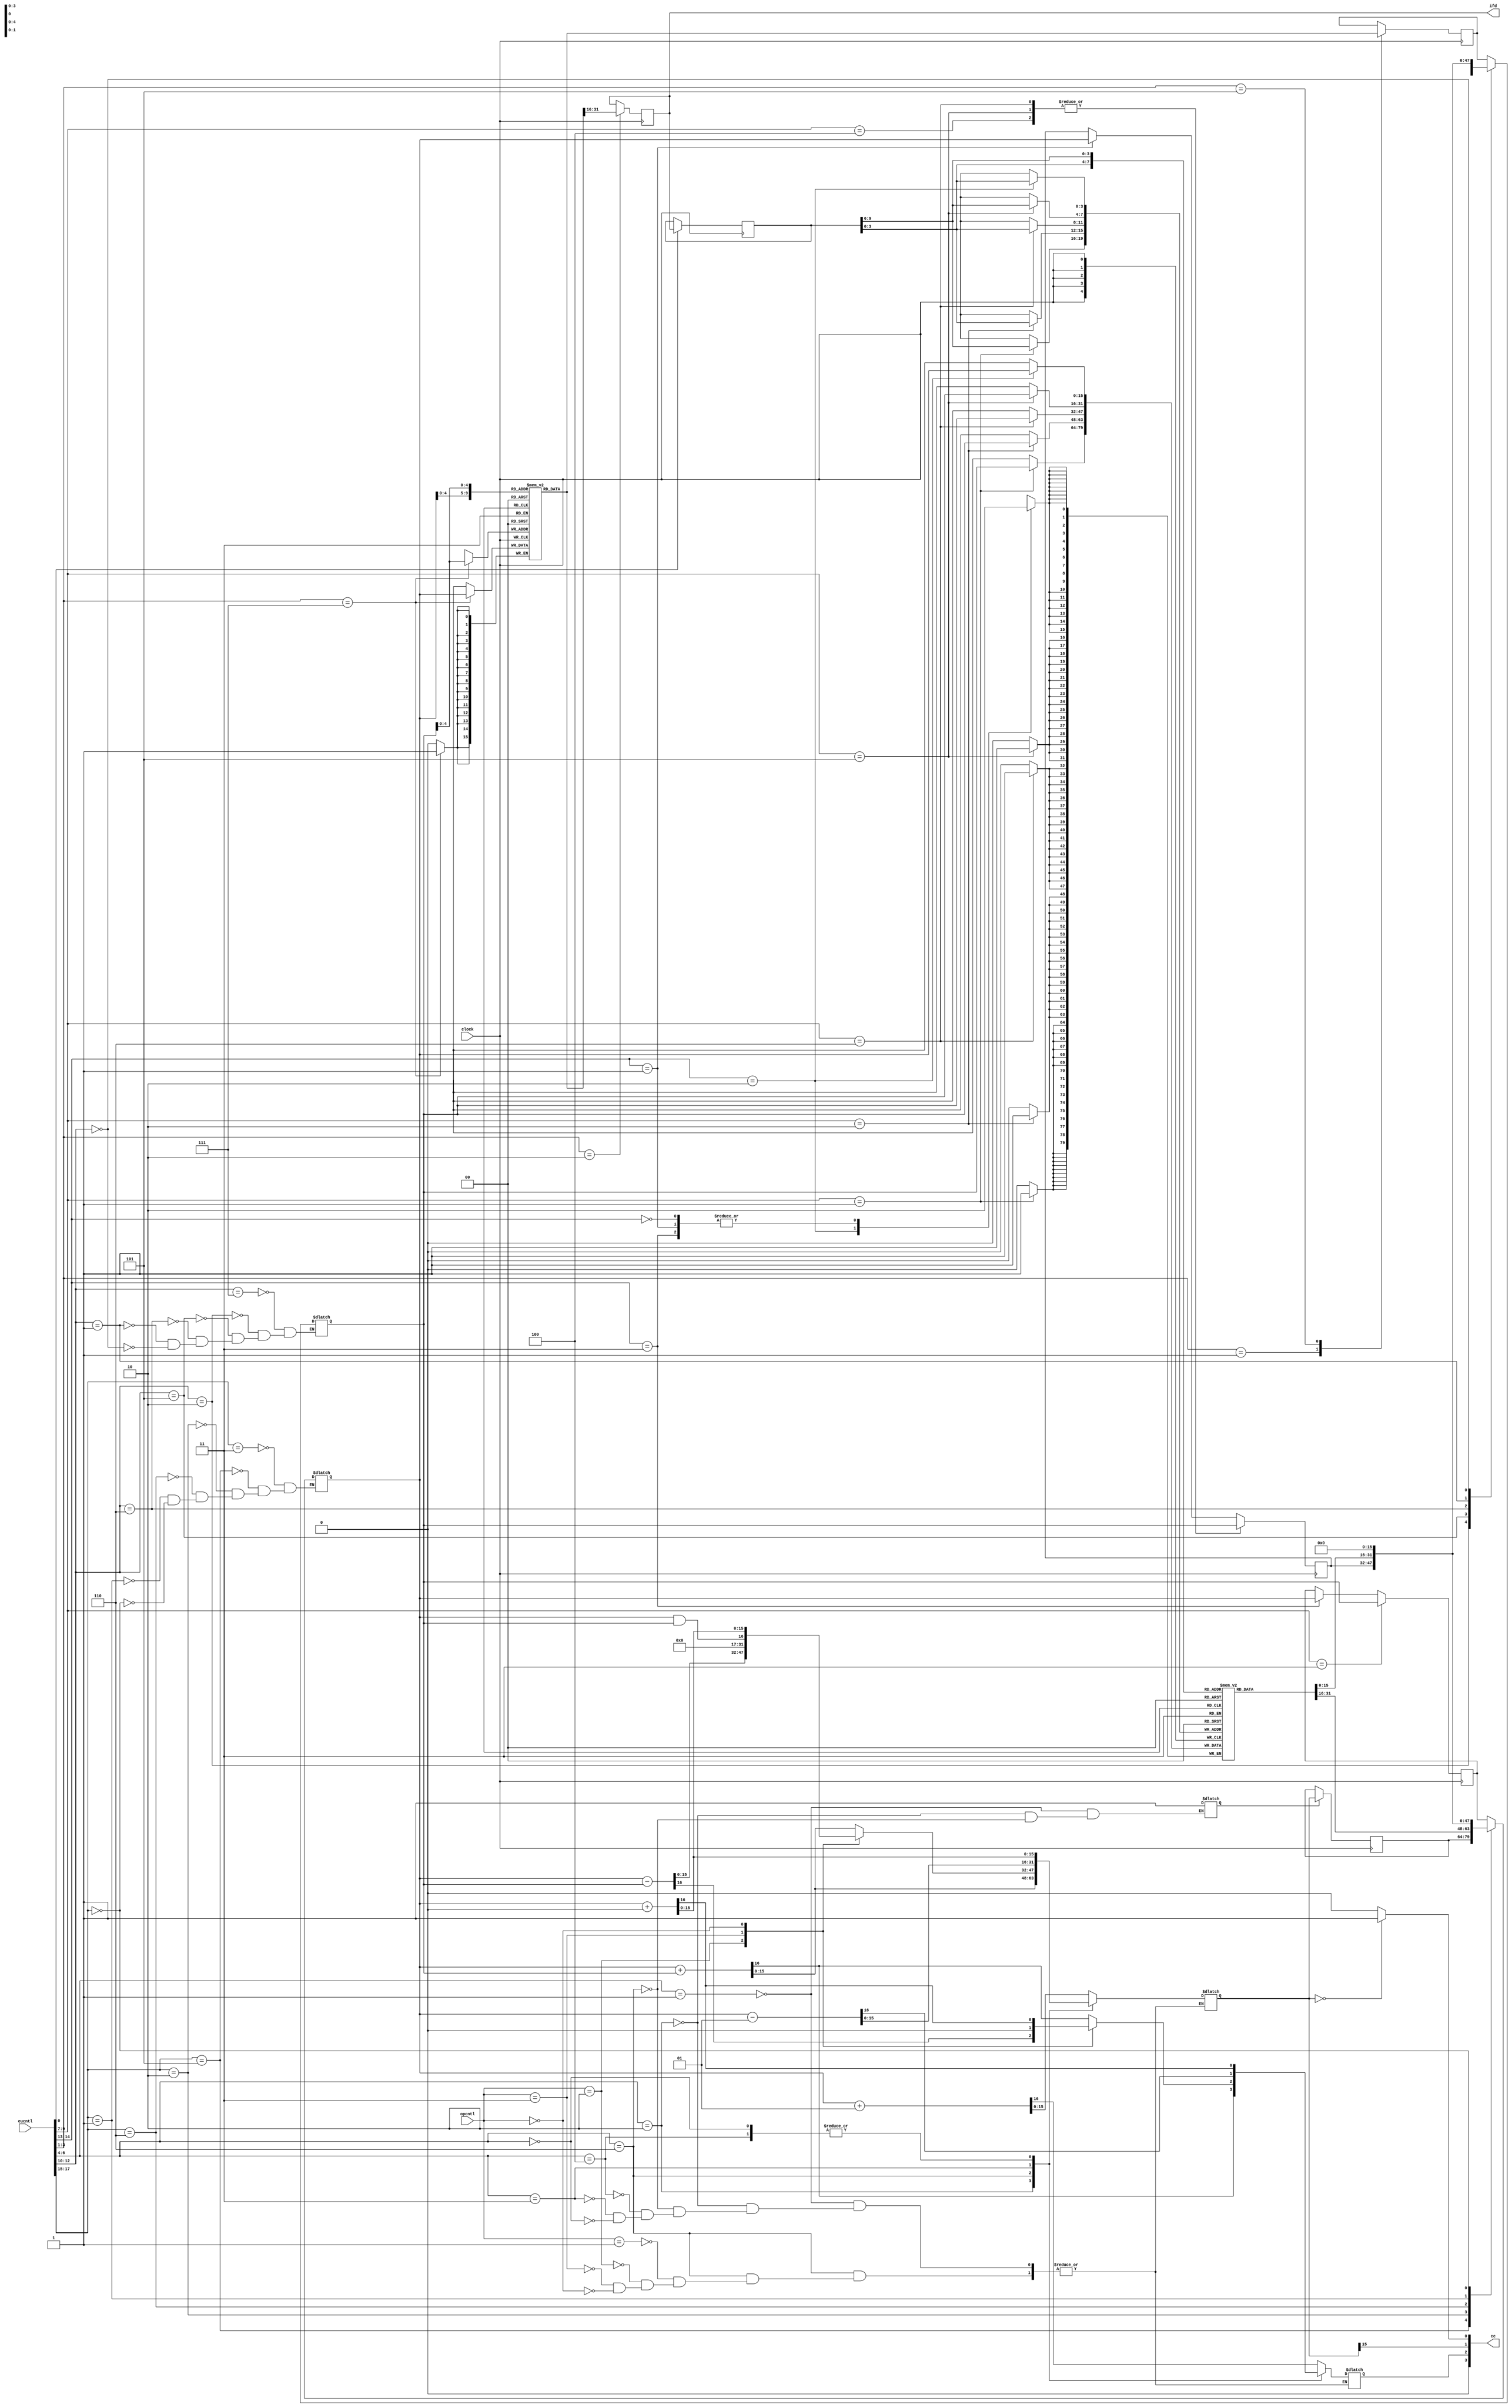
`timescale 1ns / 1ps

//RT-level model of MIN Execution Unit including Memory 
//The Memory is word addressable, size = 32 words, word size = 16 bits 
//Memory should be initialized to define its contents
module mineu (eucntl, opcntl, clock, cc, ifd);	
input [17 : 0] eucntl;	//execution unit control word input port
input [2 : 0] opcntl;	//alu static operation code input: op-s input port
input  clock;		//clock
output [3 : 0] cc;	//condition code bits computed
output [15:0] ifd;	//instruction for decoding: pre-fetched in irf
reg [3 : 0] cc;
reg signed [15 : 0] regfile [0: 15], pc, t1, t2, di, irf, ire, mem [0 : 31]; 
//even pc, irf, ire are declared as signed (why?)
reg signed [15 : 0] a, b;	//data on bus-a and bus-b
reg [2 : 0] alucntl;		//alu function control field in eucntl
reg signed [ 15 : 0 ] aluout;	//output of alu
reg carry;	//carry out from alu
reg ccset;	//signal derived from alucntl, used for updating of condition code register
reg ldt1;
reg [3 : 0] ccreg;	//condition code register
reg[3 : 0] rx, ry;	//rx and ry fields of the instruction present in ire register
reg [2 : 0] asrccntl, bsrccntl, bdestcntl, memcntl;	//control fields in eucntl specifying:
//bus-a source register, bus-b source register, bus-b destination register and memory transfer //type. 
reg [1 : 0] adestcntl;	//control field in eucntl specifying bus-a destination register

//update ird output whenever register irf changes:  ird is input to the instruction decoder
assign ifd = irf;	
//update rx and ry register pointers
	always @ (*)
begin
	rx = ire [9 : 6];
	ry = ire [3 : 0];
end 
/* 
extract the current bits corresponding to bus-a and bus-b source and destination control fields, alu control field, and memory transfer type control field from the current execution unit control word that is applied
*/
always@(*)
begin	
asrccntl = eucntl [ 17 : 15 ];	//a-bus source register control field
bsrccntl = eucntl [ 12 : 10 ]; 	//b-bus source register control field
alucntl = eucntl [ 6 : 4 ]; 	//alu control field
adestcntl = eucntl [ 14 : 13];	//a-bus destination register control field 
bdestcntl = eucntl [ 9 : 7 ];	//b-bus destination register control field
memcntl = eucntl [ 3 : 1 ];	//memory transfer control field
$strobe ( $time, "%m : eucntl =  %b", eucntl);
end
//transfer the contents of bus-a source register to bus "a" and bus-b source register to bus "b"
always @ (*)
begin
	case (asrccntl)
		3 'b011  :  a = pc;
		3 'b101  :  a = t1;
		3 'b010  :  a = regfile [ ry ];
		3 'b110  :  a = t2;
		3 'b001  :  a = regfile [ rx ];
		3 'b000  :  a = 0;
		default   :  $display ($time, "%m : invalid bus-a source  control signal");
	endcase
	case (bsrccntl)
		3 'b111  :  b = di;
		3 'b010  :  b = regfile [ ry ];
		3 'b101  :  b = t1;
		3 'b110  :  b = t2;
		3 'b001  :  b = regfile [ rx ];
		3 'b000  :  b = 0;
		default  :  $display ($time, "%m : invalid bus-b source control signal");
	endcase
	$strobe ($time, "%m : a = %b, b = %b", a, b);
end
// code for data operation by the alu
always@(*)
begin
case (alucntl)
		3 'b001  :  begin  ccset = 0; {carry , aluout} = a + 1; ldt1 = 1; end
		3 'b010  :  begin  ccset = 0; {carry , aluout} = a + b;  ldt1 = 1; end
		3 'b110  :  begin   
            ccset = 1;  ldt1 = 1; 
			case (opcntl)
				3 'b001  :  {carry , aluout} = a + b;
				3 'b010  :  {carry , aluout} = a - b;
				3 'b011  :  {carry , aluout} = a && b;
				3 'b000  :  {carry , aluout} = a + 0;
				default   :  $strobe ($time, "%m : Invalid opcntl signal");
			 endcase
			 end
		3 'b100  :  begin  ccset = 1;  {carry , aluout} = a + 0;  end
		3 'b011  :  begin  ccset = 0;  {carry , aluout} = a - 1;  end
		3 'b000  :  begin  ccset = 0;  {carry , aluout} = a + 0;  end
		default   :  $display ($time, "%m : Invalid alucntl signal");
	endcase
	$strobe ($time, "%m : aluout = %b, carry = %b, ccset = %b, ldt1 = %b", aluout, carry, ccset, ldt1);
end
/* Synchronous part: Performs writes to registers and memory <-> register transfers
     at the end of the current clock cycle*/
always @ (posedge clock)
begin
	if (ldt1) t1 <= aluout;
	case (memcntl)
	3 'b001  :  di <= mem [ a[4:0] ];
	3 'b010  :  irf <= mem [ a[4:0] ];
	3 'b101  :  di <= mem [ b[4:0] ];
	3 'b111  :  
    begin
    mem [ b[4:0] ] <= a;
    $strobe ($time, " mem [%d] = %d", b[4:0], mem[b[4 : 0]]);
    end
	3 'b000  :  $display ($time,"%m : no memory access");
	default  :  $display ($time,"%m : illegal memcntl signal");
    endcase
    case (adestcntl)
        2 'b11  :  pc <= a;
        2 'b01  :  t2 <= a;
        2 'b10  :  regfile[ ry ] <= a;
        2 'b00  :  $display ($time, "%m : no dest-a");
        default  :  $display ($time, "%m : illegal adestcntl");
    endcase
    case (bdestcntl)
        3 'b100  :  t2 <= b;
        3 'b011  :  pc <= b;
        3 'b101  :  
            begin
                regfile [ rx ] <= b;
                t2 <= b;
            end
        3 'b110  :  
            begin
                regfile [ry ] <= b;
                t2 <= b;
            end
        3 'b010  :  regfile [ ry ] <= b;
        3 'b001  :  regfile [ rx ] <= b;
        3 'b000  :  $display ($time, "%m : no dest-b");
        default  :  $display ($time, "%m : illegal bdestcntl");
    endcase 
    $strobe ($time, "%m : t1, t2, di, irf, ire :  %d, %d, %d, %h, %h", t1, t2, di, irf, ire );  
    $strobe ($time, "%m : rx , ry , [rx], [ry] :  %d, %d, %d. %d", rx, ry, regfile[rx], regfile[ry]);
    $strobe ($time, "%m : r[%d] = %d, r[%d] = %d, pc = %d", rx, regfile[rx], ry, regfile[ry], pc); 
end
 //computation of condition code bits cc[3 : 0]
always @ (aluout )	
begin
if (aluout == 0) cc[ 0 ] = 1 'b1;		//Z (result is zero) bit setting
else 		cc [ 0 ] = 1 'b0;
		cc [ 1 ] = aluout [ 15 ];	//N (result is negative) bit setting
		cc [ 2 ] = carry;		//C (carry ) bit setting
		cc [ 3 ] = 0; 	// V (the overflow bit) arbitrarily set zero
end
//write to condition code register
always @ (posedge clock)
if (ccset) ccreg <= cc;
//transfer irf to ire
always @(posedge clock)
if (eucntl [ 0 ]) ire <= irf;
//..I N I T I A L I Z A T I O N S.
/* In the Execution Unit certain registers and memory locations need to be initialized for functional test purposes
These initializations alone are not sufficient. They need to be complemented by the appropriate initializations required in other modules
It is assumed here that in the "controlstore" module  the "controlword" register that provides synchronous output from the module "controlstore" is initialized to have all its bits as "0"
Consequently, no register transfers take place in the Execution Unit at the first
positive edge of the clock. However, at the first positive edge of the clock
the "controword" register is updated with the control word value stored at 
ROM address 0 (state st0)
This control word is the first control word of the two control word long start-up sequence.  It operates during the next clock cycle and achieves the following  
at the next positive edge of the clock:
(1) stores into "irf" register the instruction fetched from the memory using 
initialized value of the "PC" as address for the memory access.
(2) stores the incremented value of the "PC" in "t1"register. 
(3) "controlword" register value is updated  with the control word value stored at  
ROM address 23 (state st23, the second and last state of the start-up sequence)
This control word operates during the next clock cycle and achieves the following 
at the next positive edge of the clock:
(1)	Contents of "irf" are copied into "ire"
(2)	Contents of "t1" register are transferred to "PC"
(3)	"controlword" register value is updated with the control word stored at ROM address provided by the "ib" port of the instruction decoder
Hereafter, normal execution of the instructions begins with the execution of the first instruction (that was fetched by the start-up sequence */ 

/*T E S T - P R O G R A M (1)..
A simple 'C' language statement and its corresponding machine language code   
M [17] = M [16] + M [31] - M [30];
Mnemonic		Mem location			Binary code
ld r1, r7@			0		000 001 0001 01 0111
ld r2, (r7 + 15)@		1		000 001 0010 10 0111
				2		000 000 0000 00 1111
ld r3, (r7 + 14)@		3		000 001 0011 10 0111
				4		000 000 0000 00 1110
add r1, r2			5		001 100 0001 00 0010
sub r2, r3			6		010 100 0010 00 0011
st r3, (r7 + 1)@		7		000 010 0011 10 0111
						000 000 0000 00 0001

Also, we need to put initial values in the registers and memory locations that are being read in  (before being written to) by the above code
We will do the following initialization:
r7 = 16;  M [16] = 248; M [31] = 620; M [30] = 1200
The following Verilog code achieves the required initialization of the program segment of the memory M [0 -15], data segment of the memory M [16 - 31] and the programmer's registers to implement the afore mentioned code with the above mentioned data. */
//data initialization:
initial
begin
regfile [7] = 16; mem [16] = 248; mem [31] = 620; mem [30] = 1200;
end

//program initialization:
initial
begin
pc = 0;
mem [0] = 16 'b000_001_0001_01_0111;
mem [1] = 16'b000_001_0010_10_0111;
mem [2] = 16 'b000_000_0000_00_1111;
mem [3] = 16 'b000_001_0011_10_0111;
mem [4] = 16 'b000_000_0000_00_1110;
mem [5] = 16 'b001_100_0001_00_0010;
mem [6] = 16 'b010_100_0010_00_0011;
mem [7] = 16 'b000_010_0011_10_0111;
mem [8] = 16 'b000_000_0000_00_0001;
end
endmodule